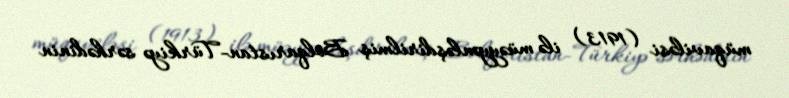
müqaviləsi (1913) ilə müəyyənləşdirilmiş Bolqarıstan-Türkiyə sərhədinin